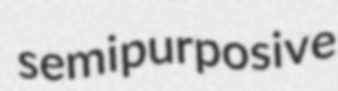
semipurposive